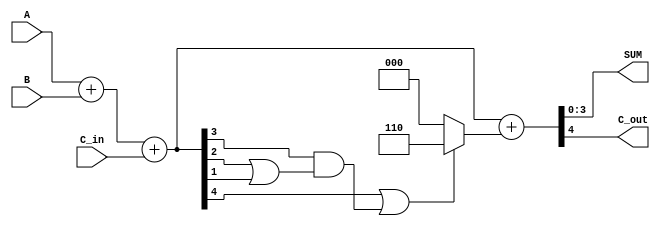
module BCD_Adder (
    input  [3:0] A,      // First BCD digit
    input  [3:0] B,      // Second BCD digit
    input        C_in,    // Carry input
    output [3:0] SUM,    // BCD sum output
    output       C_out    // Carry output
);

    wire [4:0] R;        // 5-bit wire to hold the binary sum
    wire [4:0] corrected_sum; // 5-bit wire for corrected sum
    wire correction_needed; // Flag to indicate if correction is needed

    // Step 1: Binary addition of A, B, and C_in
    assign R = A + B + C_in;

    // Step 2: Determine if correction is needed (R > 9)
    assign correction_needed = R[4] | (R[3] & (R[2] | R[1])); // R > 9 if bit 4 is 1 or bits 3 and 2 are 1

    // Step 3: Correct the sum if necessary
    assign corrected_sum = R + (correction_needed ? 5'b00110 : 5'b00000); // Add 6 if correction is needed

    // Step 4: Assign outputs
    assign SUM = corrected_sum[3:0]; // Take the lower 4 bits as the BCD sum
    assign C_out = corrected_sum[4]; // Carry out is the 5th bit

endmodule